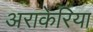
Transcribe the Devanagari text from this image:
अराकेरिया